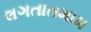
લગતાતમામ